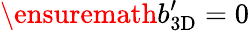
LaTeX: \ensuremath{b_{\mathrm{3D}}^{\prime}}=0